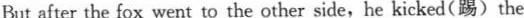
But after the fox went to the other side,he kicked(踢)the